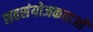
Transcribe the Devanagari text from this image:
सहसंयोजकताओं